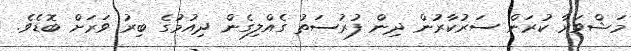
މަޝްވަރާ ކުރަން ސަރުކާރުން ދިން ފުރުސަތު ގެއްލިގެން ދިއުމުގެ ބިރު ވަރަށް ބޮޑެވެ.